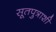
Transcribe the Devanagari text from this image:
सूतपुत्राशी